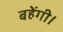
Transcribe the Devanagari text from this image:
बहेंगी।